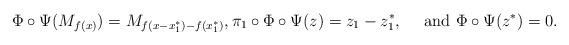
LaTeX: \begin{align*}\Phi\circ\Psi(M_{f(x)})=M_{{f(x-x_1^*)}-f(x_1^*)},\pi_1\circ\Phi\circ\Psi(z)=z_1-z_1^*,\quad\mbox{ and }\Phi\circ\Psi(z^*)=0.\end{align*}